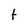
Character: t